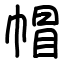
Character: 帽